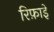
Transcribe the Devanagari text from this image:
रिफ़ाइे